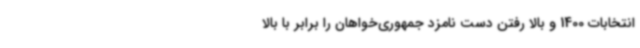
انتخابات 1400 و بالا رفتن دست نامزد جمهوری‌خواهان را برابر با بالا